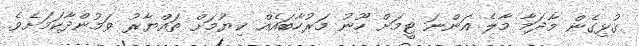
ގުޅިގެން މާދަމާ މާލެ އަންނަ ޓީމަށް ހޫނު މަރުހާބައެއް ކިޔުމަށް ތައްޔާރު ވަމުންދާކަމަށެވެ.